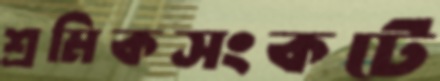
শ্রমিকসংকটে